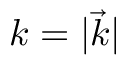
k = | { \vec { k } } |